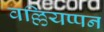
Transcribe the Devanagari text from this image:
वल्लियप्पन